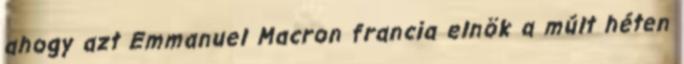
ahogy azt Emmanuel Macron francia elnök a múlt héten